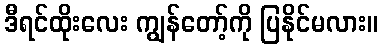
ဒီရင်ထိုးလေး ကျွန်တော့်ကို ပြနိုင်မလား။